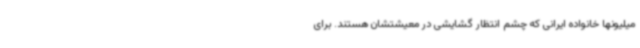
میلیونها خانواده ایرانی که چشم انتظار گشایشی در معیشتشان هستند. برای